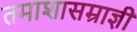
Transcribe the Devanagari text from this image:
तमाशासम्राज्ञी